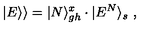
| E \rangle \rangle = | N \rangle _ { g h } ^ { x } \cdot | E ^ { N } \rangle _ { s } \ ,